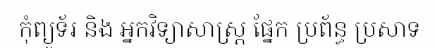
កុំព្យូទ័រ និង អ្នកវិទ្យាសាស្ត្រ ផ្នែក ប្រព័ន្ធ ប្រសាទ